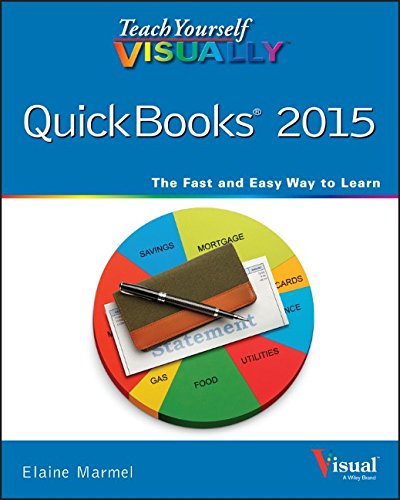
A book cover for Teach Yourself VISUALLY QuickBooks 2015 (Teach Yourself VISUALLY (Tech)); Elaine Marmel; Computers & Technology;